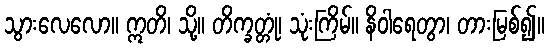
သွားလေလော။ ဣတိ၊ သို့။ တိက္ခတ္တုံ၊ သုံးကြိမ်။ နိဝါရေတွာ၊ တားမြစ်၍။